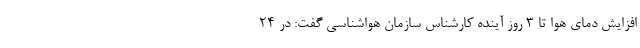
افزایش دمای هوا تا ٣ روز آینده کارشناس سازمان هواشناسی گفت: در ۲۴